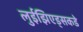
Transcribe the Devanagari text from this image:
लुईझिएड्सकडे